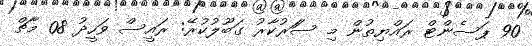
90 ޕަސެންޓް ރައްޔިތުން މި ސަަރުކާރު ގަބޫލުކުރޭ: ރައީސް ވަހީދު 08 މާޗް